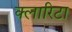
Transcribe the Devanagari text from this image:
क्लारिटा